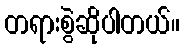
တရားစွဲဆိုပါတယ်။